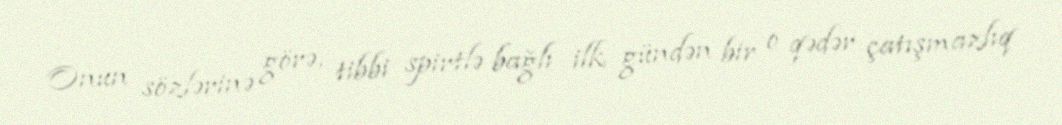
Onun sözlərinə görə, tibbi spirtlə bağlı ilk gündən bir o qədər çatışmazlıq